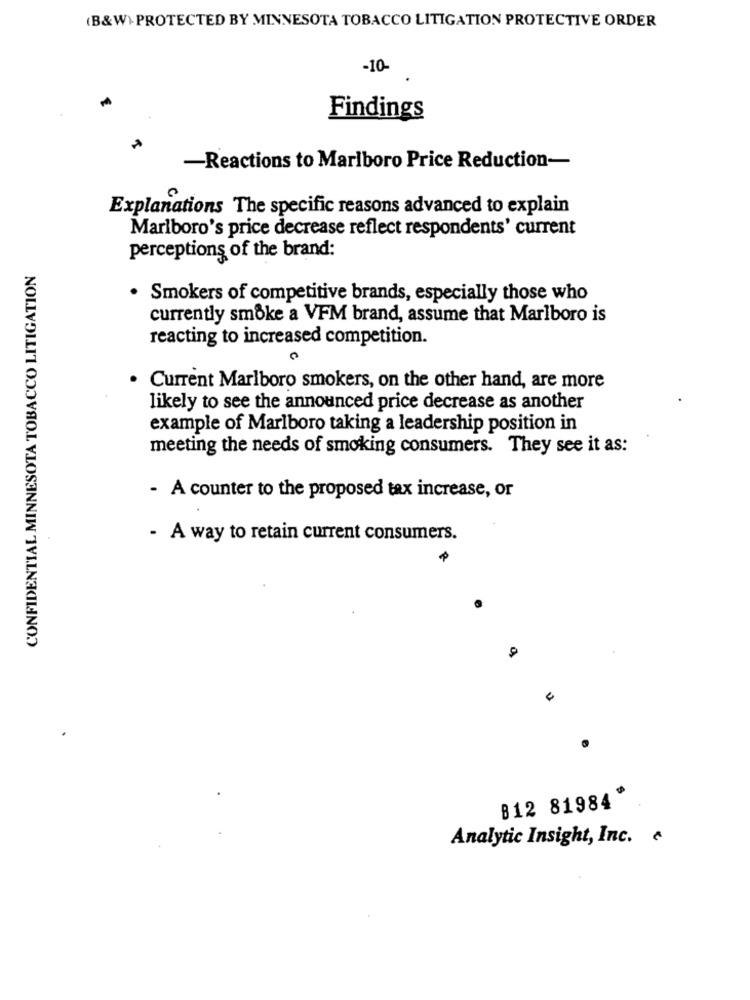
(B&W) PROTECTED BY MINNESOTA TOBACCO LITIGATION PROTECTIVE ORDER
-10-
Findings
-Reactions to Marlboro Price Reduction-
Explanations The specific reasons advanced to explain
Marlboro's price decrease reflect respondents' current
perceptions of the brand:
CONFIDENTIAL MINNESOTA TOBACCO LITIGATION
· Smokers of competitive brands, especially those who
currently smoke a VFM brand, assume that Marlboro is
reacting to increased competition.
0
Current Marlboro smokers, on the other hand, are more
likely to see the announced price decrease as another
example of Marlboro taking a leadership position in
meeting the needs of smoking consumers. They see it as:
- A counter to the proposed tax increase, or
- A way to retain current consumers.
B12 81984
Analytic Insight, Inc. €